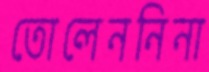
তোলেননিনা